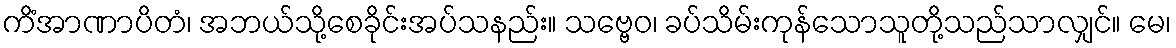
ကိံအာဏာပိတံ၊ အဘယ်သို့စေခိုင်းအပ်သနည်း။ သဗ္ဗေဝ၊ ခပ်သိမ်းကုန်သောသူတို့သည်သာလျှင်။ မေ၊